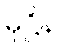
မုဋ္ဌိနာ